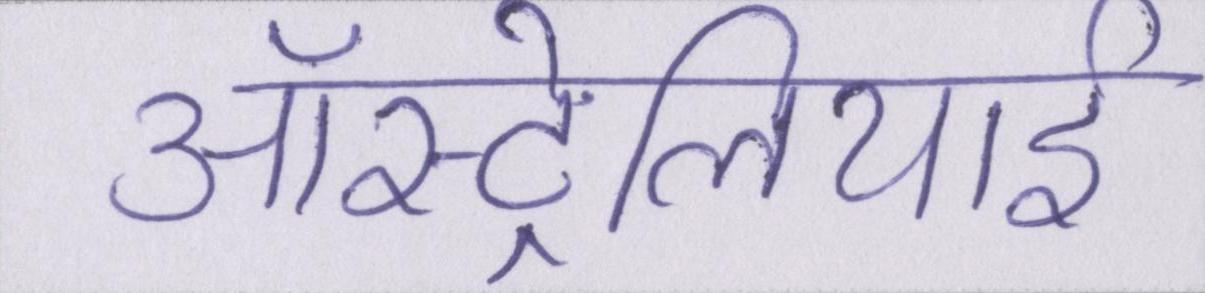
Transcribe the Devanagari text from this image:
ऑस्ट्रेलियाई